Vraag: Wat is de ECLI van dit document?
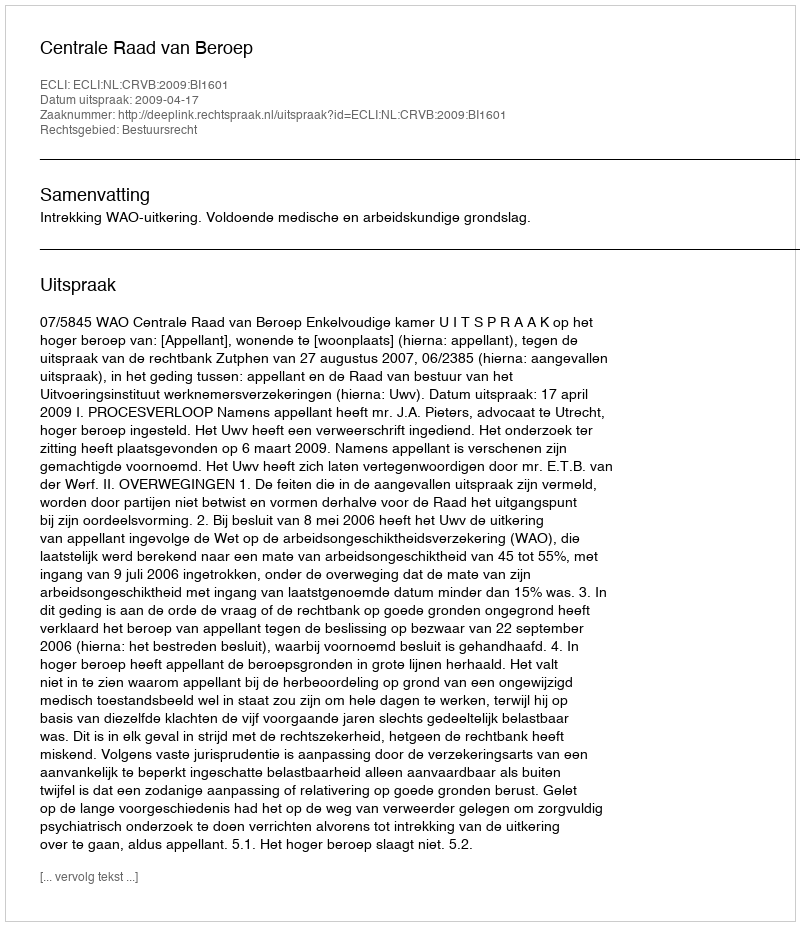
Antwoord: ECLI:NL:CRVB:2009:BI1601